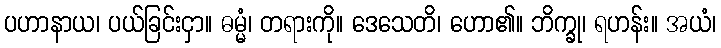
ပဟာနာယ၊ ပယ်ခြင်းငှာ။ ဓမ္မံ၊ တရားကို။ ဒေသေတိ၊ ဟော၏။ ဘိက္ခု၊ ရဟန်း။ အယံ၊